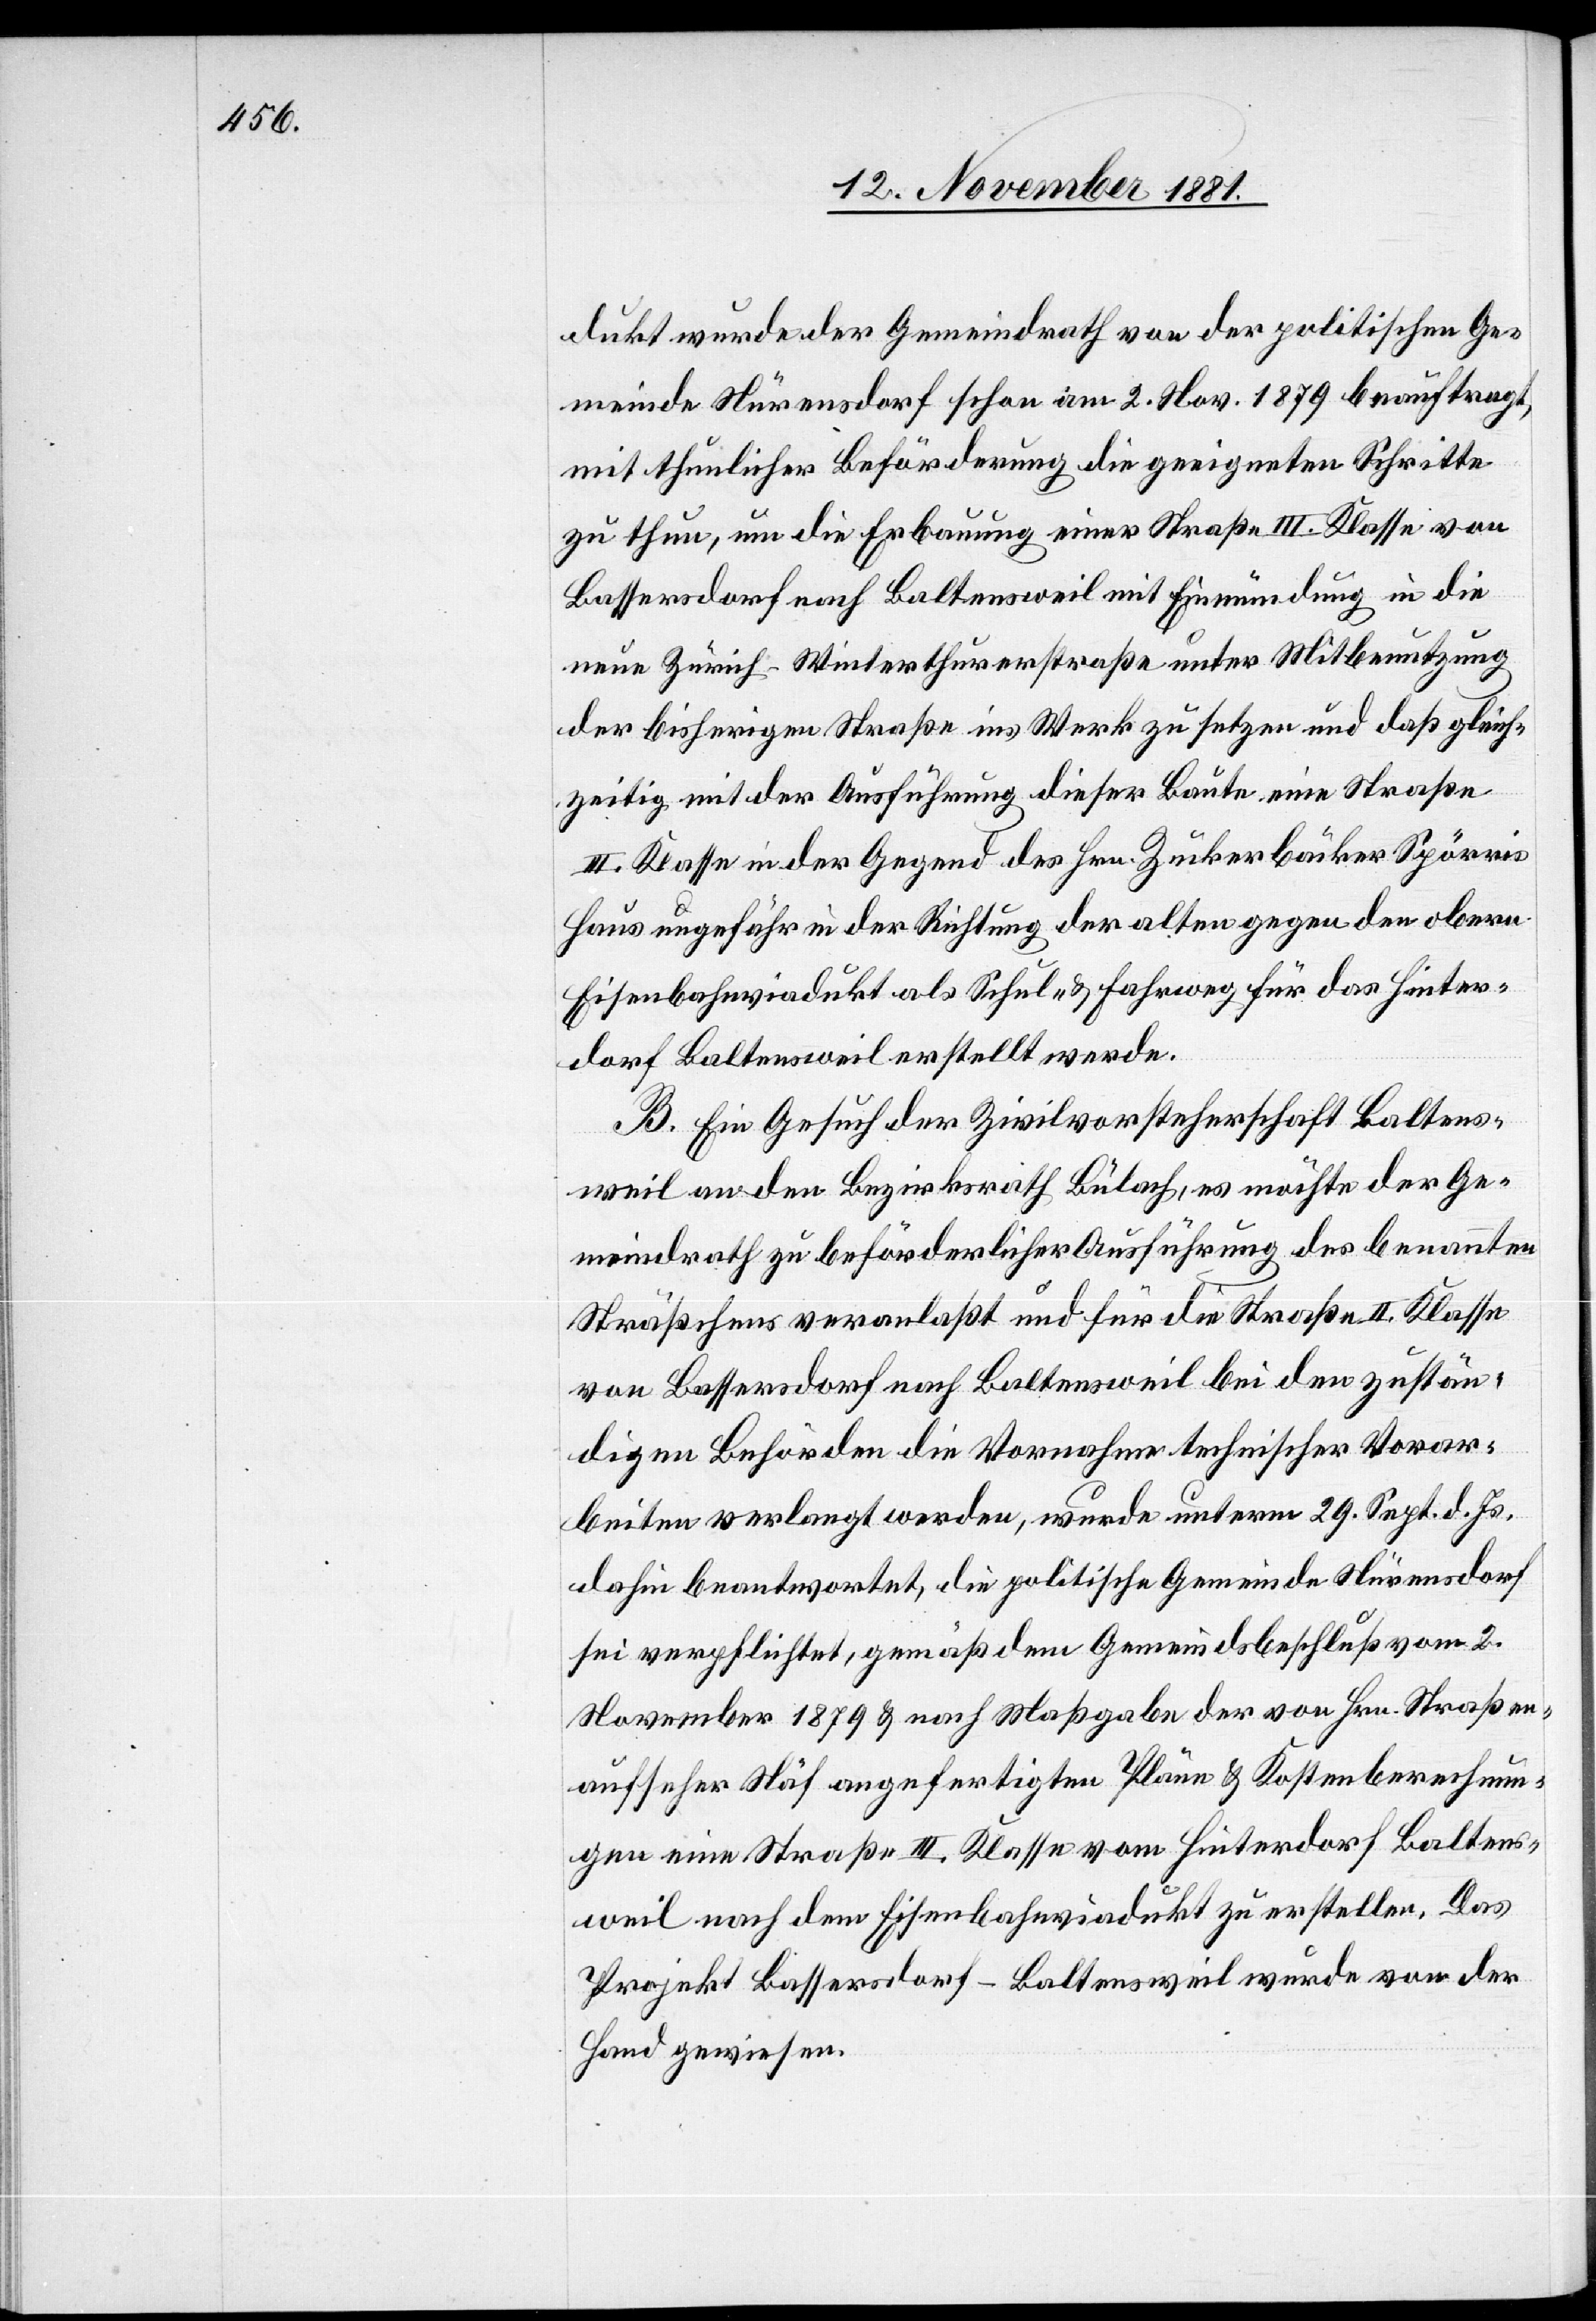
dukt wurde der Gemeindrath von der politischen Ge¬
meinde Nürensdorf schon am 2. Nov. 1879 beauftragt,
mit thunlicher Beförderung die geeigneten Schritte
zu thun, um die Erbauung einer Straße III. Klasse von
Bassersdorf nach Baltensweil mit Einmündung in die
neue Zürich–Winterthurstraße unter Mitbenutzung
der bisherigen Straße ins Werk zu setzten und daß gleich¬
zeitig mit der Ausführung dieser Baute eine Straße
III. Klasse in der Gegend des Hrn. Zuckerbäcker Spörris
Haus ungefähr in der Richtung der alten gegen den obern
Eisenbahnviadukt als Schul- & Fahrweg für das Hinter¬
dorf Baltensweil erstellt werde.
B. Ein Gesuch der Zivilvorsteherschaft Baltens¬
weil an den Bezirksrath Bülach, es möchte der Ge¬
meindrath zu beförderlicher Ausführung des benannten
Sträßchens veranlaßt und für die Straße II. Klasse
von Bassersdorf nach Baltensweil bei den zustän¬
digen Behörden die Vornahme technischer Vorar¬
beiten verlangt werden, wurde unterm 29. Sept. d. Js.
dahin beantwortet, die politische Gemeinde Nürensdorf
sei verpflichtet, gemäß dem Gemeindsbeschluß vom 2.
November 1879 & nach Maßgabe der von Hrn. Straßen¬
aufseher Näf angefertigten Pläne & Kostenberechnun¬
gen eine Straße III. Klasse vom Hinterdorf Baltens¬
weil nach dem Eisenbahnviadukt zu erstellen. Das
Projekt Bassersdorf–Baltensweil wurde von der
Hand gewiesen.